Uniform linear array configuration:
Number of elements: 32
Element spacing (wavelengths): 1
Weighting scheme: exponential
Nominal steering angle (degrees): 60
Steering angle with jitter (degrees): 58.799
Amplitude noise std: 0.05
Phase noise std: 0.05

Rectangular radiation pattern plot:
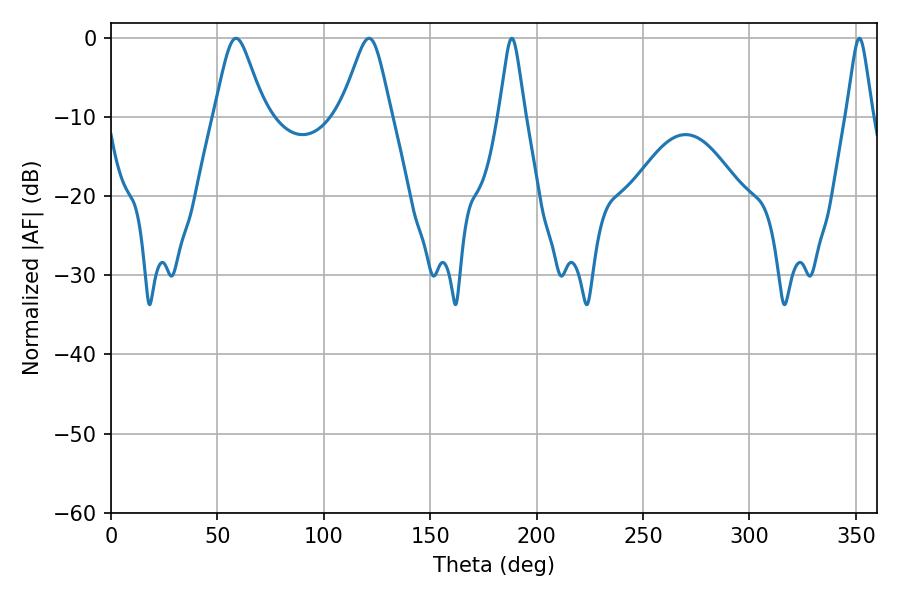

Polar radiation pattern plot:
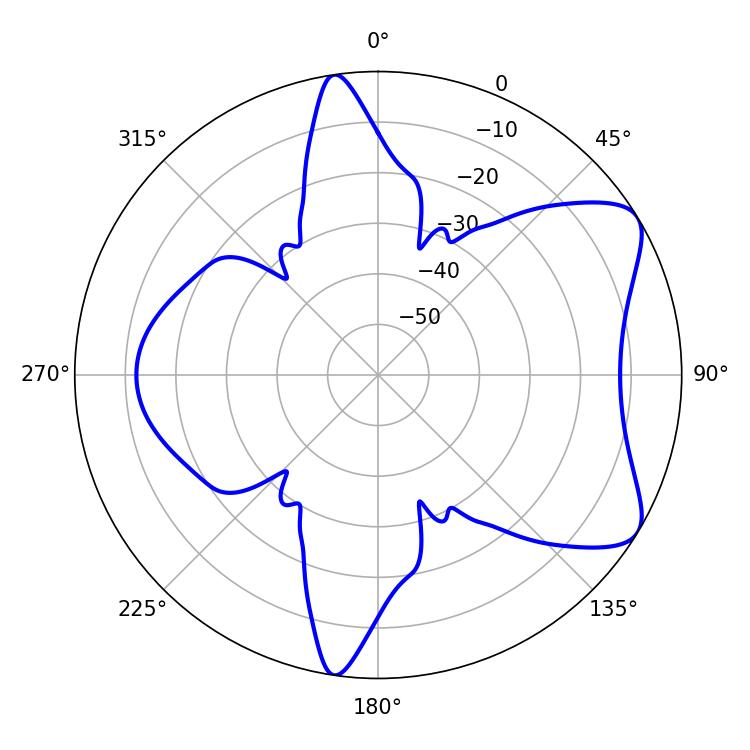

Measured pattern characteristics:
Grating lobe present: TRUE
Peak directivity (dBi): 7.301
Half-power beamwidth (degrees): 11.34
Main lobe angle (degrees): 58.68